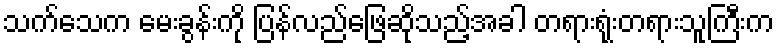
သက်သေက မေးခွန်းကို ပြန်လည်ဖြေဆိုသည့်အခါ တရားရုံးတရားသူကြီးက